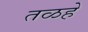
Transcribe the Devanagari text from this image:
तळहे